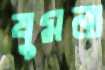
যুমনা